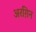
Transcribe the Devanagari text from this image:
अरग़िन